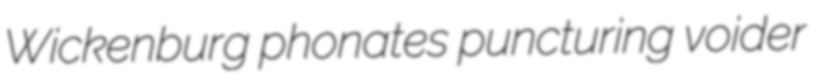
Wickenburg phonates puncturing voider